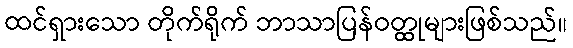
ထင်ရှားသော တိုက်ရိုက် ဘာသာပြန်ဝတ္ထုများဖြစ်သည်။